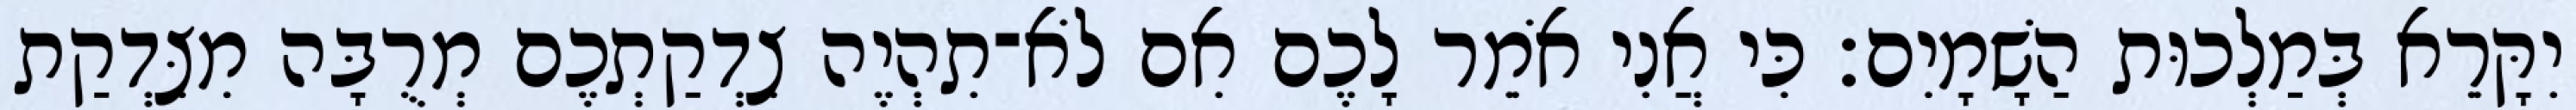
יִקָּרֵא בְּמַלְכוּת הַשָׁמָיִם׃ כִּי אֲנִי אֹמֵר לָכֶם אִם לֹא־תִהְיֶה צִדְקַתְכֶם מְרֻבָּה מִצִּדְקַת